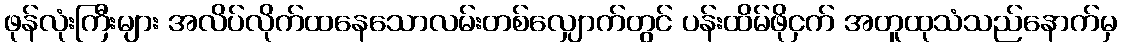
ဖုန်လုံးကြီးများ အလိပ်လိုက်ထနေသောလမ်းတစ်လျှောက်တွင် ပန်းထိမ်ဖိုငှက် အတူထုသံသည်နောက်မှ